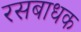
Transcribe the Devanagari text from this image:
रसबाधक